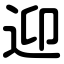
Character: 迎